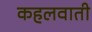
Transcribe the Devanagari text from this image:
कहलवाती